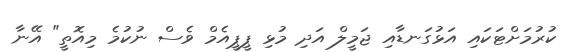
ކުރުމަށްޓަކައި އަޅުގަނޑާއި ޖަމީލް އަދި މުޅި ޕީޕީއެމް ވެސް ނުކުމެ މިއޮތީ" އޭނާ